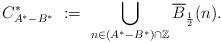
LaTeX: \begin{align*}C^*_{A^* - B^*}\ :=\ \bigcup_{n \in (A^* - B^*) \cap \mathbb{Z}} \overline{B}_{\frac{1}{2}}(n).\end{align*}